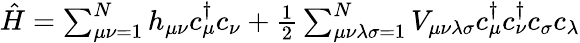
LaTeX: \begin{array}{r}{\hat{H}=\sum_{\mu\nu=1}^{N}h_{\mu\nu}c_{\mu}^{\dagger}c_{\nu}+\frac{1}{2}\sum_{\mu\nu\lambda\sigma=1}^{N}V_{\mu\nu\lambda\sigma}c_{\mu}^{\dagger}c_{\nu}^{\dagger}c_{\sigma}c_{\lambda}}\end{array}